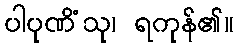
ပါပုဏိံသု၊ ရကုန်၏။